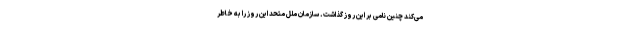
می‌کند چنین نامی بر این روز گذاشت. سازمان ملل متحد این روز را به خاطر